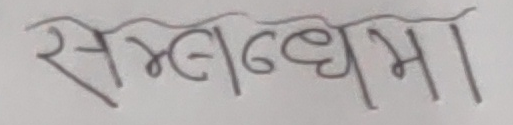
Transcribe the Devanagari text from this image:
सम्लद्धमा